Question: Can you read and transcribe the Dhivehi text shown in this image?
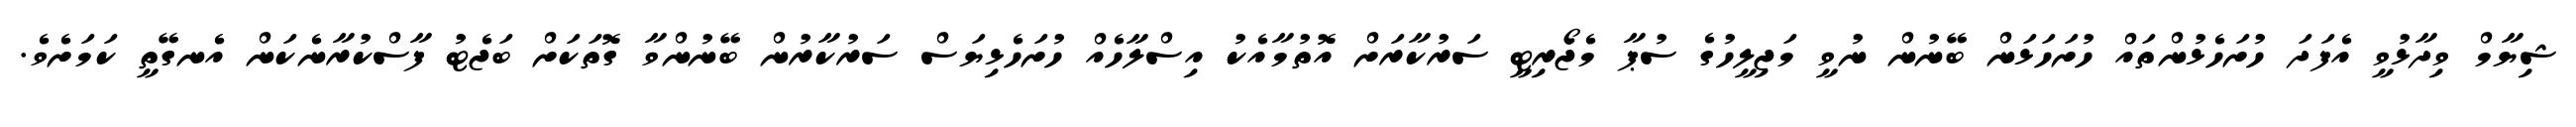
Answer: ޝިޔާމް ވިދާޅުވީ އެފަދަ ހުށަހެޅުންތައް ހުށަހަޅަން ބޭނުން ނުވީ މަޖިލީހުގެ ސުޕާ މެޖޯރިޓީ ސަރުކާރަށް އޮތުމާއެކު އިސްލާހެއް ހުށަހެޅިޔަސް ސަރުކާރުން ބޭނުންވާ ގޮތަކަށް ބަޖެޓު ފާސްކުރާނެކަން އެނގޭތީ ކަމަށެވެ.